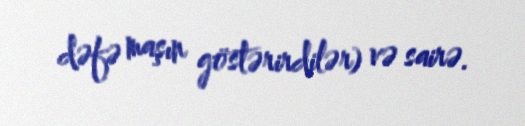
dəfə maşın göstərirdilər) və sairə.